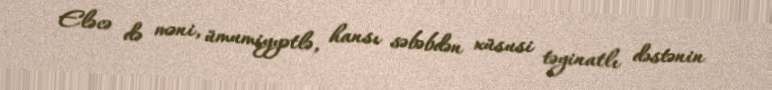
Eləcə də məni, ümumiyyətlə, hansı səbəbdən xüsusi təyinatlı dəstənin